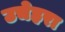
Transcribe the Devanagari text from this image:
उचेहरा